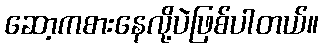
ဆော့ကစားနေလို့ပဲဖြစ်ပါတယ်။